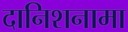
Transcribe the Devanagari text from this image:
दानिशनामा